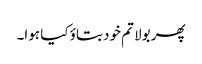
پھر بولا تم خود بتاؤ کیا ہوا۔